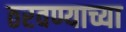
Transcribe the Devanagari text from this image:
ठरवण्याच्या